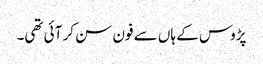
پڑوس کے ہاں سے فون سن کر آئی تھی۔